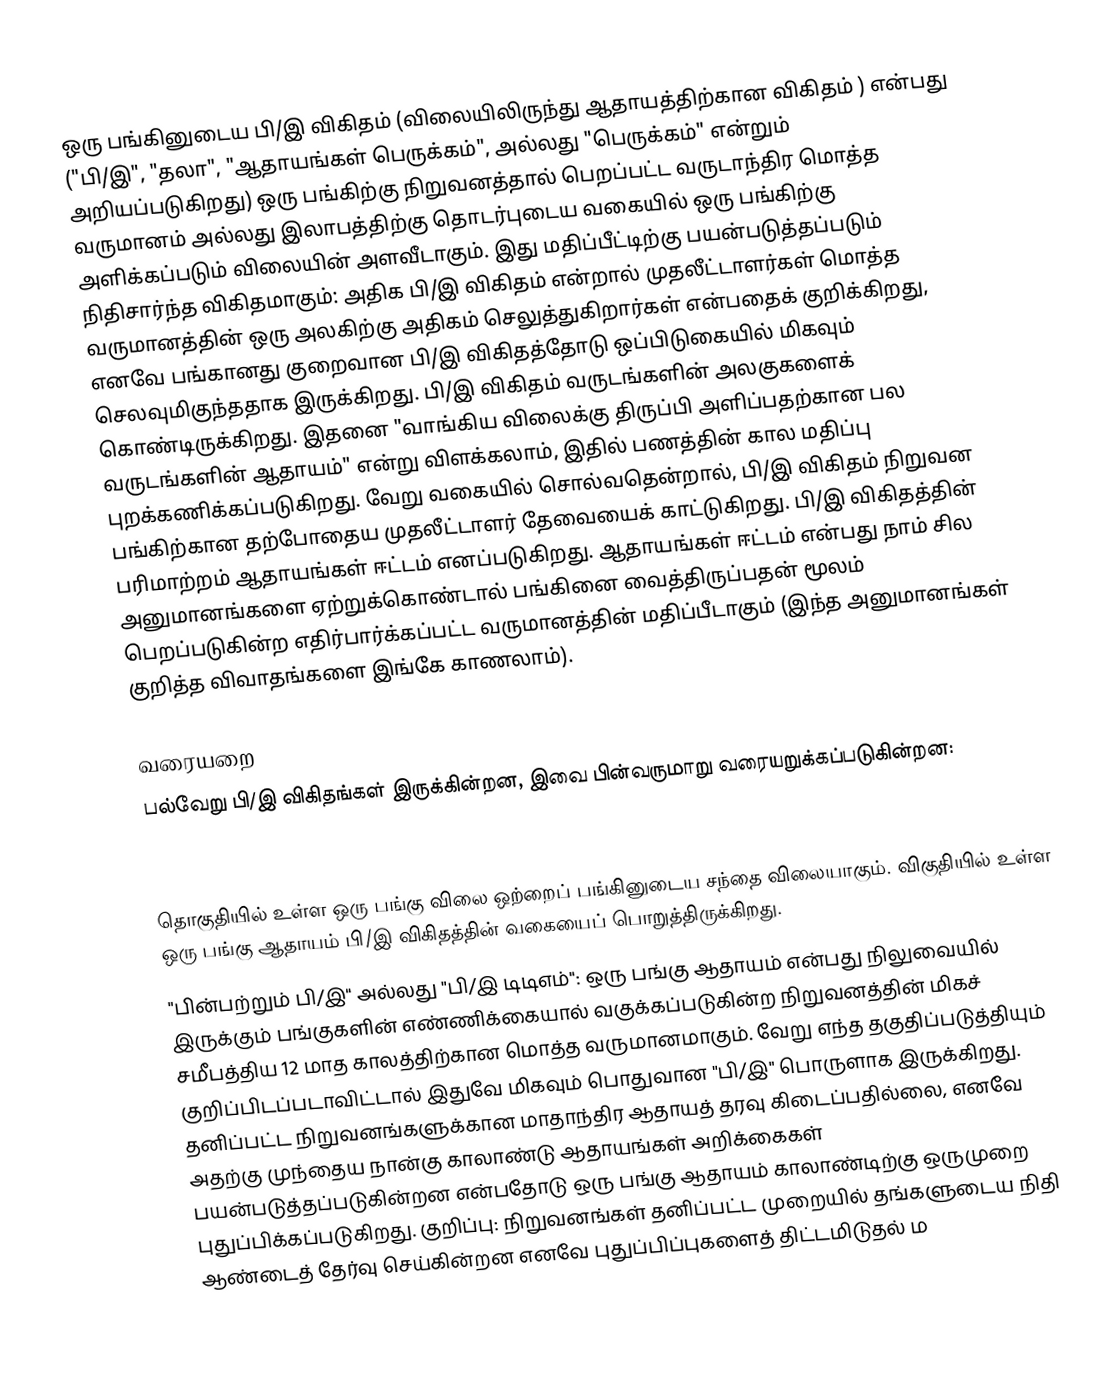
ஒரு பங்கினுடைய பி/இ விகிதம் (விலையிலிருந்து ஆதாயத்திற்கான விகிதம் ) என்பது ("பி/இ", "தலா", "ஆதாயங்கள் பெருக்கம்", அல்லது "பெருக்கம்" என்றும் அறியப்படுகிறது) ஒரு பங்கிற்கு நிறுவனத்தால் பெறப்பட்ட வருடாந்திர மொத்த வருமானம் அல்லது இலாபத்திற்கு தொடர்புடைய வகையில் ஒரு பங்கிற்கு அளிக்கப்படும் விலையின் அளவீடாகும். இது மதிப்பீட்டிற்கு பயன்படுத்தப்படும் நிதிசார்ந்த விகிதமாகும்: அதிக பி/இ விகிதம் என்றால் முதலீட்டாளர்கள் மொத்த வருமானத்தின் ஒரு அலகிற்கு அதிகம் செலுத்துகிறார்கள் என்பதைக் குறிக்கிறது, எனவே பங்கானது குறைவான பி/இ விகிதத்தோடு ஒப்பிடுகையில் மிகவும் செலவுமிகுந்ததாக இருக்கிறது. பி/இ விகிதம் வருடங்களின் அலகுகளைக் கொண்டிருக்கிறது. இதனை "வாங்கிய விலைக்கு திருப்பி அளிப்பதற்கான பல வருடங்களின்  ஆதாயம்" என்று விளக்கலாம், இதில் பணத்தின் கால மதிப்பு புறக்கணிக்கப்படுகிறது. வேறு வகையில் சொல்வதென்றால், பி/இ விகிதம் நிறுவன பங்கிற்கான தற்போதைய முதலீட்டாளர் தேவையைக் காட்டுகிறது. பி/இ விகிதத்தின் பரிமாற்றம் ஆதாயங்கள் ஈட்டம் எனப்படுகிறது. ஆதாயங்கள் ஈட்டம் என்பது நாம் சில அனுமானங்களை ஏற்றுக்கொண்டால் பங்கினை வைத்திருப்பதன் மூலம் பெறப்படுகின்ற எதிர்பார்க்கப்பட்ட வருமானத்தின் மதிப்பீடாகும் (இந்த அனுமானங்கள் குறித்த விவாதங்களை இங்கே காணலாம்).

வரையறை
பல்வேறு பி/இ விகிதங்கள் இருக்கின்றன, இவை பின்வருமாறு வரையறுக்கப்படுகின்றன:

தொகுதியில் உள்ள ஒரு பங்கு விலை ஒற்றைப் பங்கினுடைய சந்தை விலையாகும். விகுதியில் உள்ள ஒரு பங்கு ஆதாயம் பி/இ விகிதத்தின் வகையைப் பொறுத்திருக்கிறது.
 "பின்பற்றும் பி/இ" அல்லது "பி/இ டிடிஎம்": ஒரு பங்கு ஆதாயம் என்பது நிலுவையில் இருக்கும் பங்குகளின் எண்ணிக்கையால் வகுக்கப்படுகின்ற நிறுவனத்தின் மிகச் சமீபத்திய 12 மாத காலத்திற்கான மொத்த வருமானமாகும். வேறு எந்த தகுதிப்படுத்தியும் குறிப்பிடப்படாவிட்டால் இதுவே மிகவும் பொதுவான "பி/இ" பொருளாக இருக்கிறது. தனிப்பட்ட நிறுவனங்களுக்கான மாதாந்திர ஆதாயத் தரவு கிடைப்பதில்லை, எனவே அதற்கு முந்தைய நான்கு காலாண்டு ஆதாயங்கள் அறிக்கைகள் பயன்படுத்தப்படுகின்றன என்பதோடு ஒரு பங்கு ஆதாயம் காலாண்டிற்கு ஒருமுறை புதுப்பிக்கப்படுகிறது. குறிப்பு: நிறுவனங்கள் தனிப்பட்ட முறையில் தங்களுடைய நிதி ஆண்டைத் தேர்வு செய்கின்றன எனவே புதுப்பிப்புகளைத் திட்டமிடுதல் ம